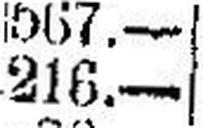
216.—